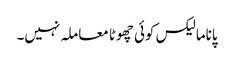
پاناما لیکس کوئی چھوٹا معاملہ نہیں۔